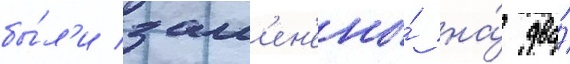
бы́л'и зам'ен'ены́ на́ два́